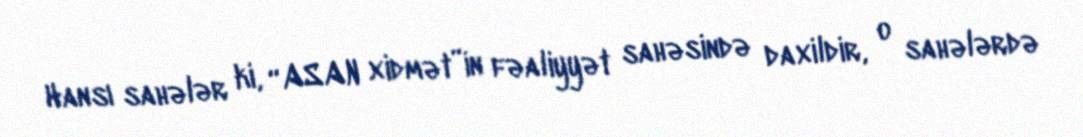
Hansı sahələr ki, “ASAN xidmət”in fəaliyyət sahəsində daxildir, o sahələrdə